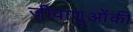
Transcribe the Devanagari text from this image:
जीवाणुओंकी